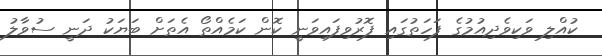
ކުއްލި ވަކިވެދިއުމުގެ ފަހަތުގައި ފޮރުވިފައިވަނީ ކޮން ކަމެއްތޯ އެތަށް ބަޔަކު ދަނީ ސުވާލު